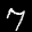
Label: 7